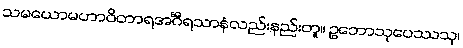
သမယောမဟာဝိတာရအင်္ဂီရသာနံလည်းနည်းတူ။ ဥဘောသုပေဿသု၊